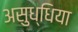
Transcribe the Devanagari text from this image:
असुध्धिया